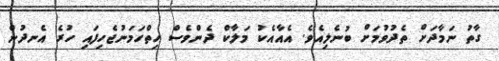
ގާތު ނަމާދަށް ތެދުވުމަށް ބުނެލިއެވެ. އެއާއެކު މަލާކް ދެންވެސް ހިތްހަމަނުޖެހިފައި ހުރެ އެނދުން